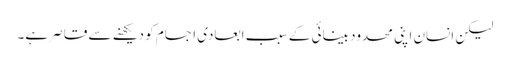
لیکن انسان اپنی محدود بینائی کے سبب ابعادی اجسام کو دیکھنے سے قاصر ہے۔